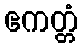
ဧကတ္တံ